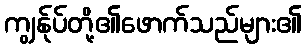
ကျွန်ုပ်တို့၏ဖောက်သည်များ၏